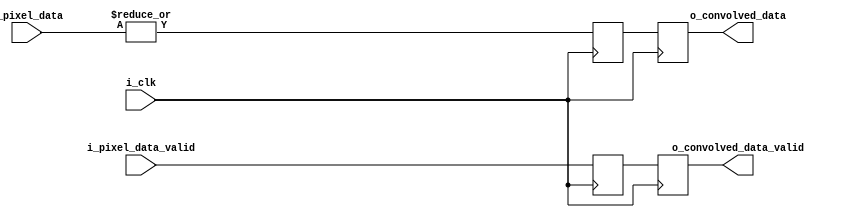
`timescale 1ns / 1ps
//////////////////////////////////////////////////////////////////////////////////
// Company: 
// Engineer: 
// 
// Design Name: 
// Module Name: conv
// Project Name: 
// Target Devices: 
// Tool Versions: 
// Description: 
// 
// Dependencies: 
// 
// Revision:
// Revision 0.01 - File Created
// Additional Comments:
// 
//////////////////////////////////////////////////////////////////////////////////


module eros(
input        i_clk,
input [8:0]  i_pixel_data,
input        i_pixel_data_valid,
output reg   o_convolved_data,
output reg   o_convolved_data_valid
);
    
integer i; 
reg erosData;
reg erosDataValid;
reg convolved_data_valid;

    
always @(posedge i_clk)
begin
    erosData <= |i_pixel_data;
    erosDataValid <= i_pixel_data_valid;
end

    
always @(posedge i_clk)
begin
    o_convolved_data <= erosData;
    o_convolved_data_valid <= erosDataValid;
end
    
endmodule